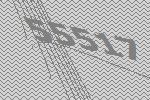
55517